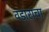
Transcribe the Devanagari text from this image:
वडाराचा